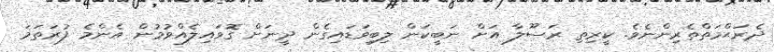
ދެރަޙްމަތްތެރިންނެވެ. ކީރިތި ރަސޫލާ އަށް ނަބީކަން ލިބިވަޑައިގެން ދީނަށް ގޮވައިލެއްވުމުން އެންމެ ފުރަތަމަ